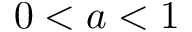
0 < a < 1